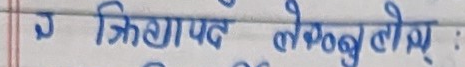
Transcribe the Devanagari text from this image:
उ क्रियापद लेख्नु बोल्नु :